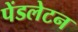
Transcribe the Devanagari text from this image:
पेंडलेटन